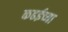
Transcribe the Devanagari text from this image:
कढईच्या